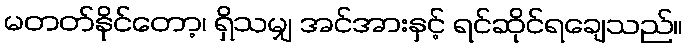
မတတ်နိုင်တော့၊ ရှိသမျှ အင်အားနှင့် ရင်ဆိုင်ရချေသည်။